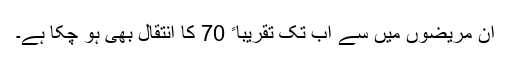
ان مریضوں میں سے اب تک تقریباﹰ 70 کا انتقال بھی ہو چکا ہے۔